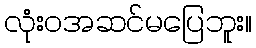
လုံးဝအဆင်မပြေဘူး။